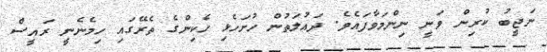
ނަޖީބު ކުރިން ވަނީ ނިންމަވާފައެވެ. ދައުލަތުން ހުށަހެޅި ހެކިންގެ ތެރޭގައި ހިމެނެނީ ރައީސް